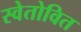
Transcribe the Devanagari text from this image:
स्वेतोवित